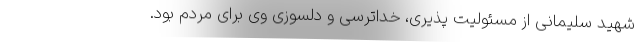
شهید سلیمانی از مسئولیت پذیری، خداترسی و دلسوزی وی برای مردم بود.